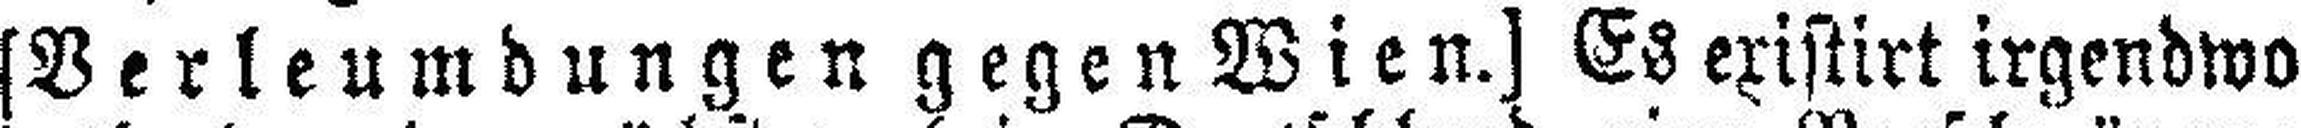
[Verleumdungen gegen Wien.] Es existirt irgendwo